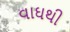
વાઘથી